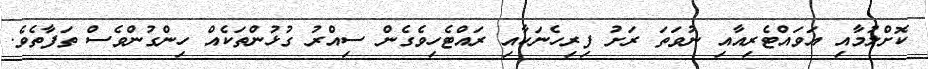
ކޮށްލުމާއި އަވައްޓެރިއާއި ނުވަތަ ރަށު ފިރިހެނަކާއި ރައްޓެހިވެގެން ސިއްރު ގުޅުންތަކެއް ހިންގުންވެސް ތަފާތެވެ.